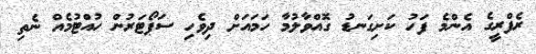
ރެފްރީގެ އެންމެ ފަހު ކަށިގަނޑު ގޮއްވާލުމާ ހަމައަށް ދިވެހި ސަޕޯޓަރުން ހުއްޓުމެއް ނެތި